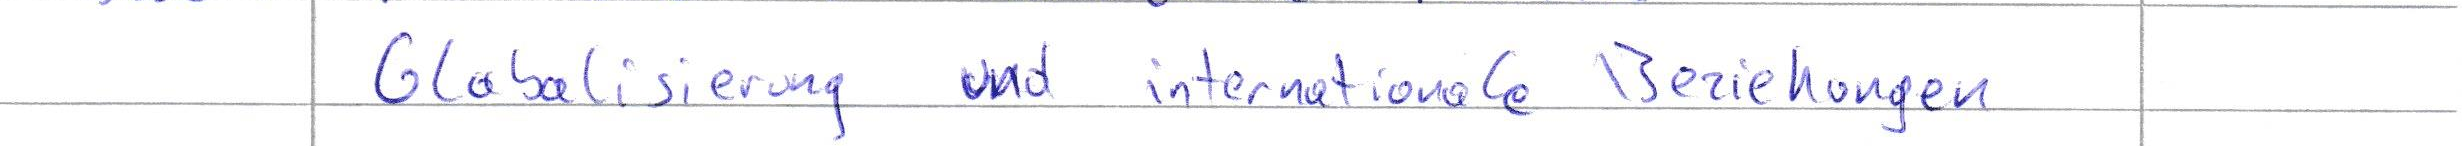
Globalisierung und internationale Beziehungen